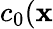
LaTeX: c_{0}(\textbf{x}